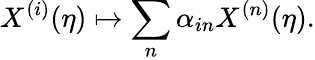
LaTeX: X^{(i)}(\eta)\mapsto\sum_{n}\alpha_{in}X^{(n)}(\eta).